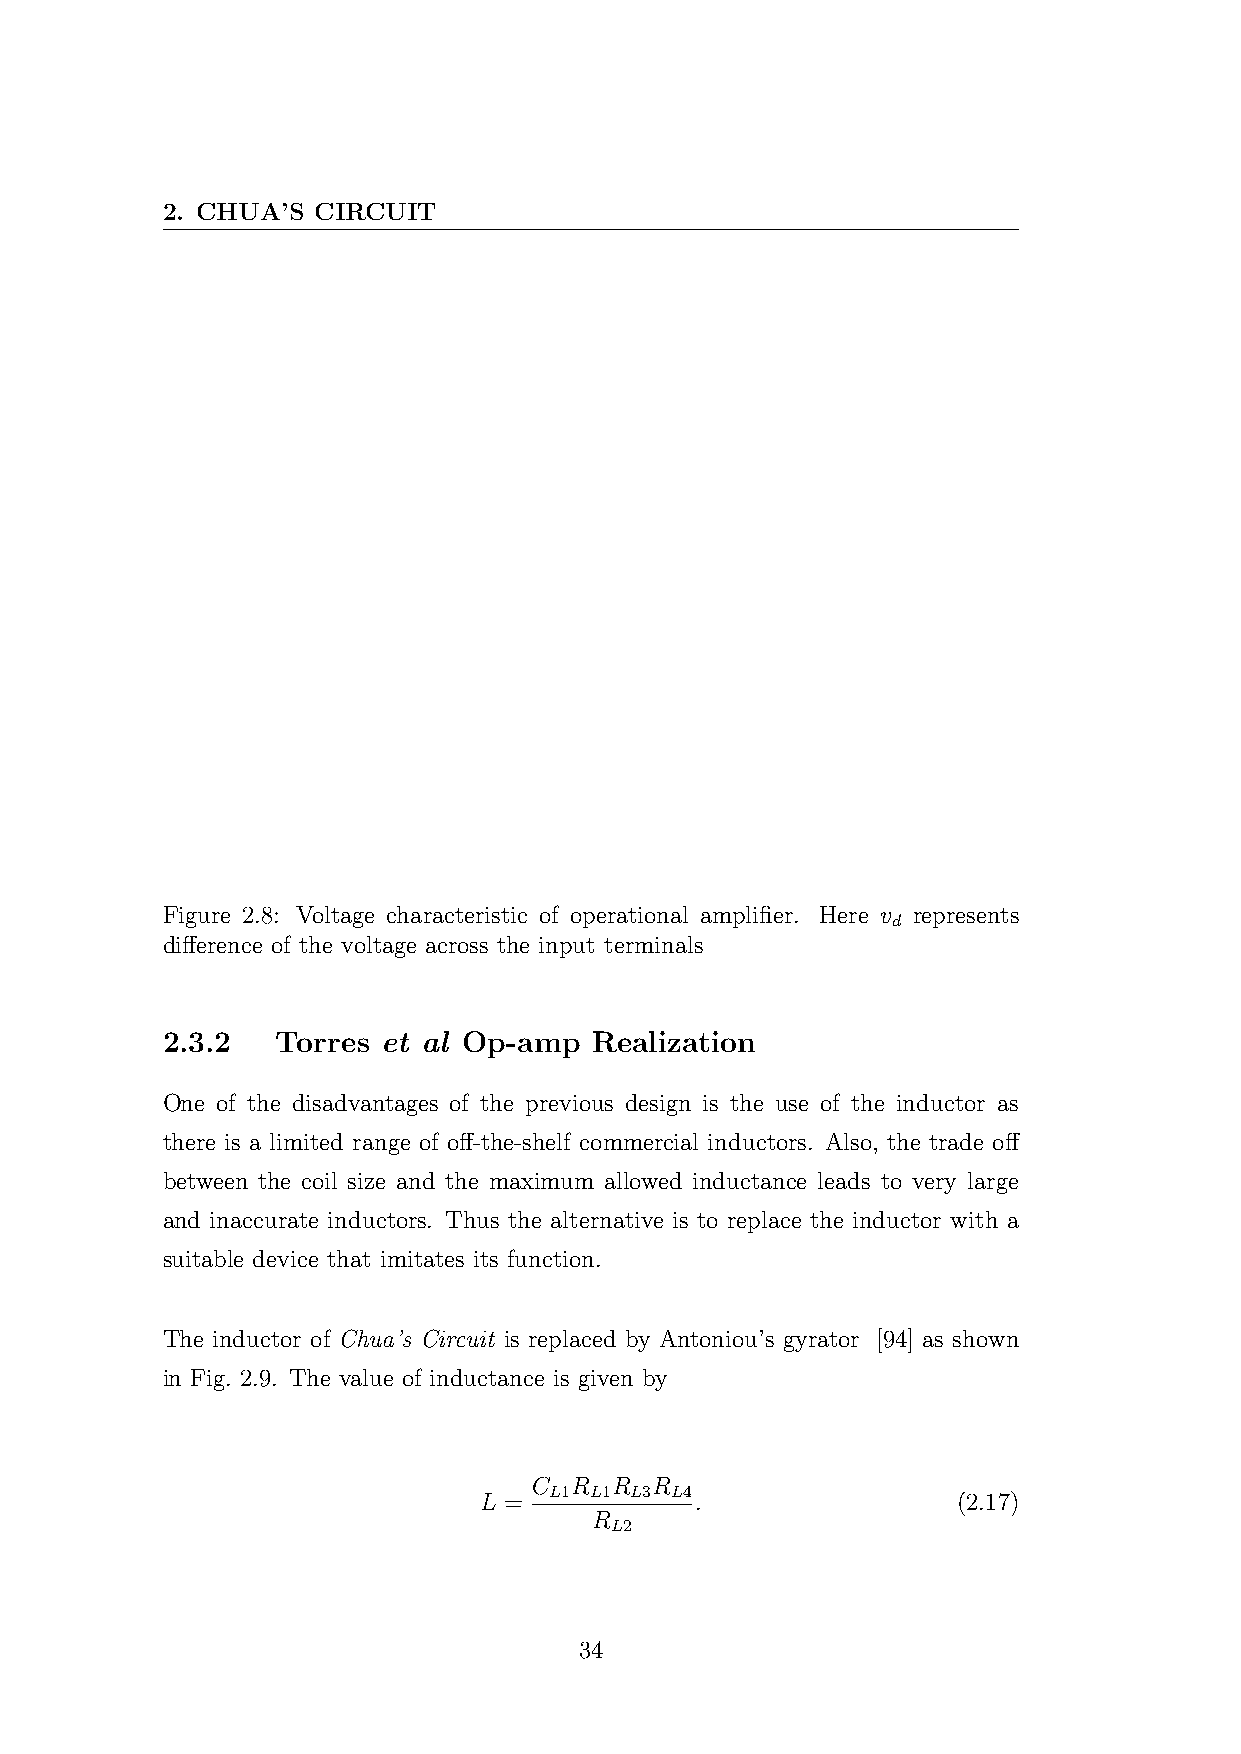
2. CHUA’S CIRCUIT
 Figure 2.8: Voltage characteristic of operational amplifier. Here v represents
 d
 difference of the voltage across the input terminals
 2.3.2  Torres et al Op-amp  Realization
 One of the disadvantages of the previous design is the use of the inductor as
 there is a limited range of off-the-shelf commercial inductors. Also, the trade off
 between the coil size and the maximum allowed inductance leads to very large
 and inaccurate inductors. Thus the alternative is to replace the inductor with a
 suitable device that imitates its function.
 The inductor of Chua’s Circuit is replaced by Antoniou’s gyrator [94] as shown
 in Fig. 2.9. The value of inductance is given by
 C  R R  R
 L1 L1 L3 L4
 L =           .                (2.17)
 R
 L2
 34